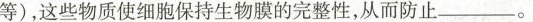
等)，这些物质使细胞保持生物膜的完整性，从而防止__________